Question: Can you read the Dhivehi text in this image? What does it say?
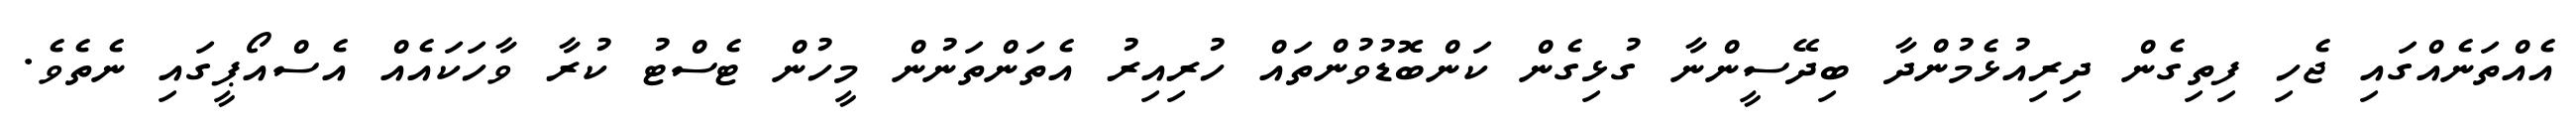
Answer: އެއްތަނެއްގައި ޖެހި ފިތިގެން ދިރިއުޅެމުންދާ ބިދޭސީންނާ ގުޅިގެން ކަންބޮޑުވުންތައް ހުރިއިރު އެތަންތަނުން މީހުން ޓެސްޓު ކުރާ ވާހަކައެއް އެސްއޯޕީގައި ނެތެވެ.